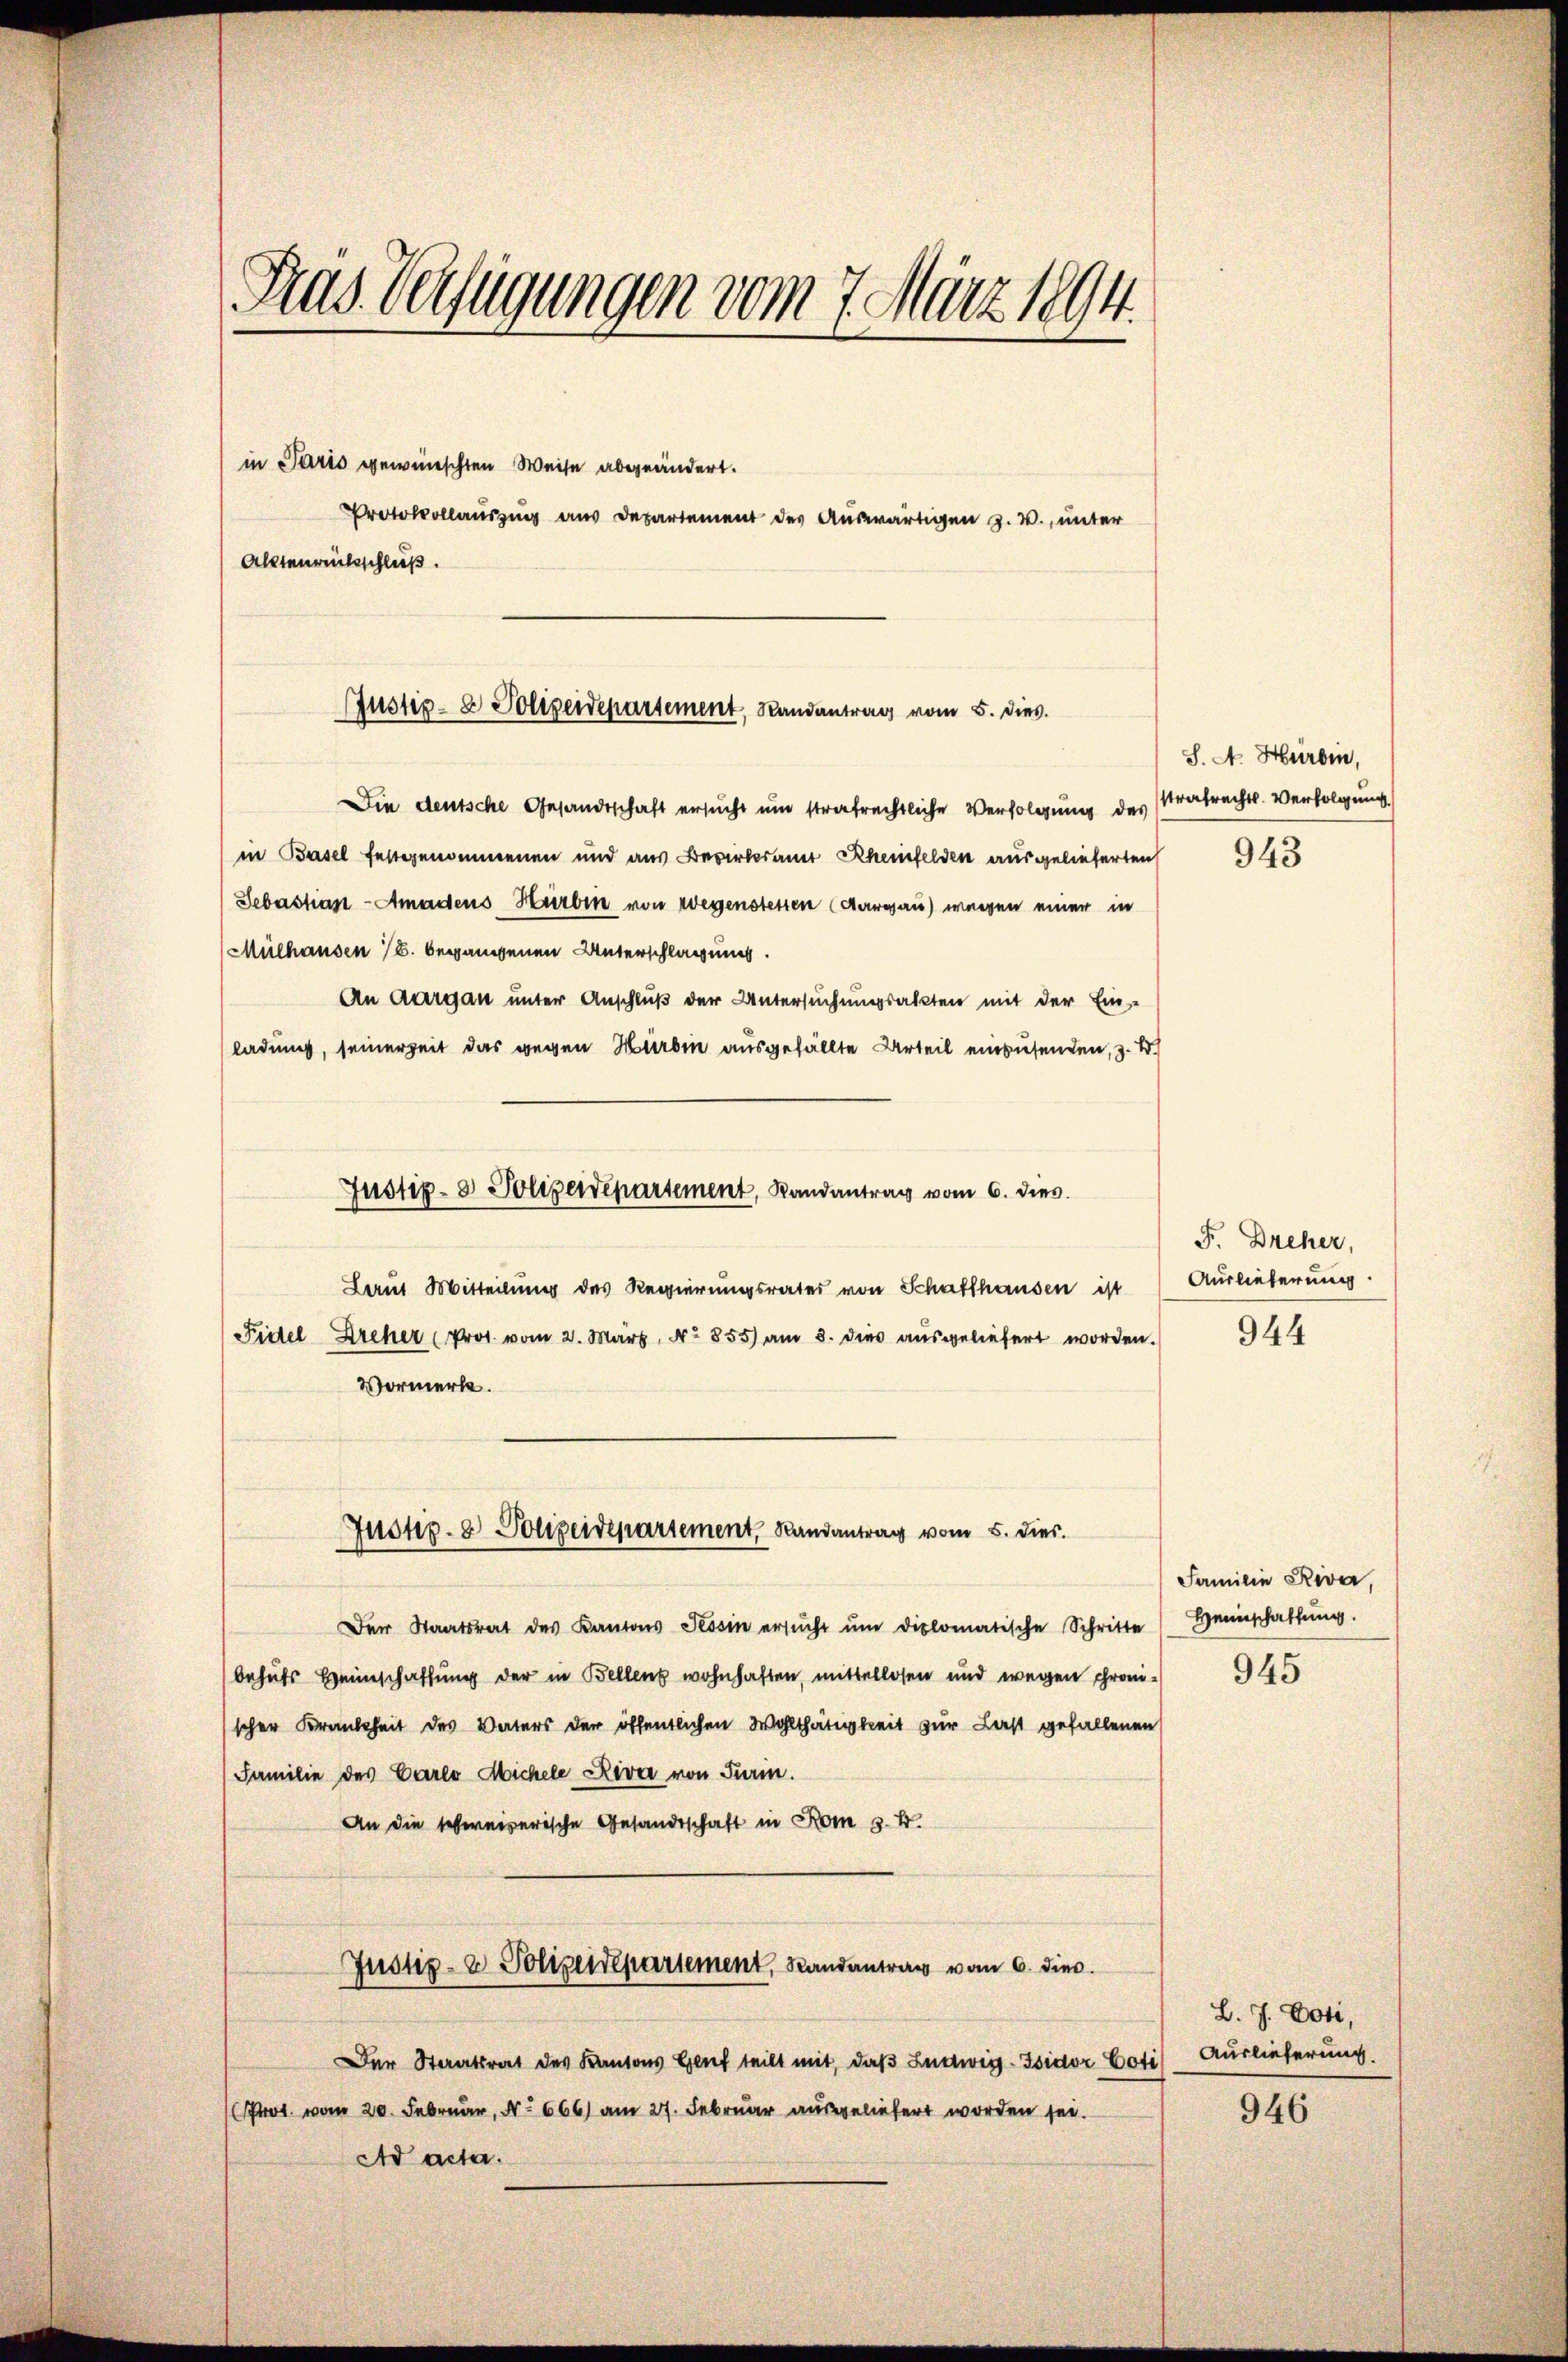
Fras. Verfügungen vom 7. März 1894.

in Paris gewünschten Weise abgeändert.
Protokollauszug aus Departement des Auswärtigen z. B., unter
Alltenrückschluß.

Justiz- & Polizeidepartement, Randantrag vom 5. dies

Die deutsche Gesandtschaft ersucht um strafrechtliche Verfolgung des Strafrechts-Verfolgung
in Basel festgenommenen und aus Bevirteramt Rheinfelden ausgelieferten
Sebastian - Amadens Herben von wegenstessen (Aargau) wegen einer in
(Mülhausen (S. begangenen Unterschlagung.
An Aargau unter Anschluß der Untersuchungsakten mit der Ein-
ladung, seinerzeit das gegen Hurbin ausgefällte Urteil einzusenden, z. B.
Laut Mitteilung des Regierungsrates von Schaffhausen ist Auslieferung.
Fidel Dreher (Prot. vom 2. März, No 855) am 8. dies aŭsgeliefert worden.
Vormerke.
Justiz- & Polizeidepartement, Randantrag vom 5. dies
Der Staatsrat des Kantons Tessin ersŭcht ŭm diplomatische Schritte Heinschaffŭng.
behuts Heimschaffung der in Bellenz wohnhaften, mittellosen und wegen chronischer Krankheit des Vaters der öffentlichen Wohlthätigkeit zur Last gefallenen
Familie des Carlo Michele Riva von Turm.
An die schweizerische Gesandtschaft in Rom z. B.
Justiz- & Polizendepartement, Randantrag vom 6. dies
Der Staatsrat des Kantons Genf teilt mit, daß Ludwig- Isidor Voti
Prot. vom 20. Februar, No 666) am 27. Februar ausgeliefert worden sei.
Ad acta.

Justiz- & Polizeidepartement, Randantrag vom 6. dies

S. N. Hürbin,

943

F. Dreher,

944

Familie Riva,

945

B. J. Doti,
Auslieferung.

946